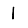
Digit: 1